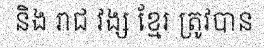
និង រាជ វង្ស ខ្មែរ ត្រូវបាន